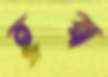
হ্রস্ব